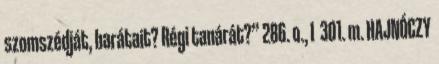
szomszédját, barátait? Régi tanárát?” 286. o., I 301. m. HAJNÓCZY